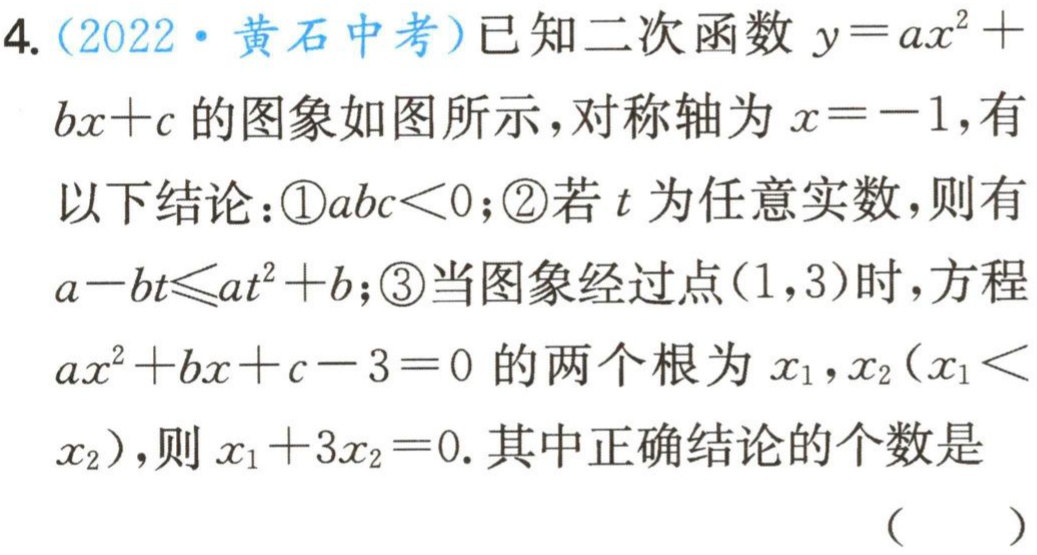
4.（2022·黄石中考）已知二次函数$y = ax^{2}+bx + c$的图象如图所示，对称轴为$x=-1$，有以下结论：\textcircled{1}$abc\lt0$；\textcircled{2}若$t$为任意实数，则有$a - bt\leqslant at^{2}+b$；\textcircled{3}当图象经过点$(1,3)$时，方程$ax^{2}+bx + c - 3 = 0$的两个根为$x_{1},x_{2}(x_{1}\lt x_{2})$，则$x_{1}+3x_{2}=0$. 其中正确结论的个数是（  ）